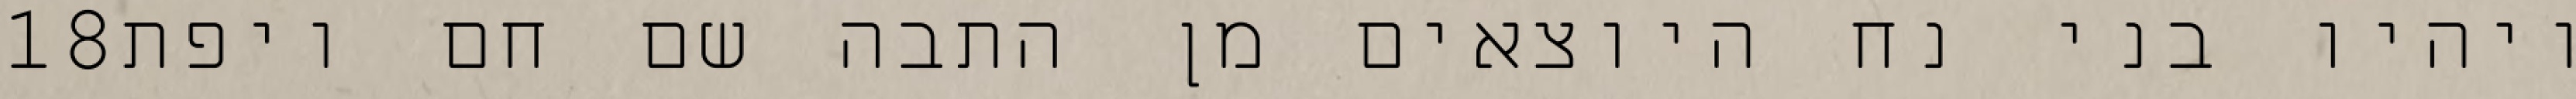
‎18‏ ויהיו בני נח היוצאים מן התבה שם חם ויפת